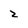
Character: 2